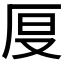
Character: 𠩒